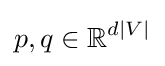
p,q\in \mathbb {R} ^{d|V|}